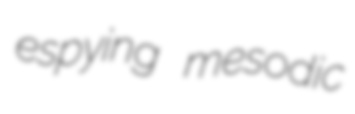
espying mesodic